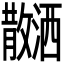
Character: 𪯝